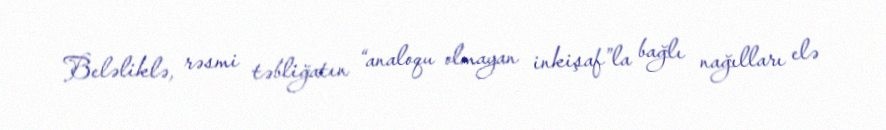
Beləliklə, rəsmi təbliğatın “analoqu olmayan inkişaf”la bağlı nağılları elə